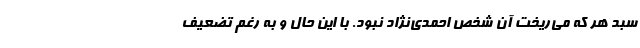
سبد هر که می‌ریخت آن شخص احمدی‌نژاد نبود. با این حال و به رغم تضعیف